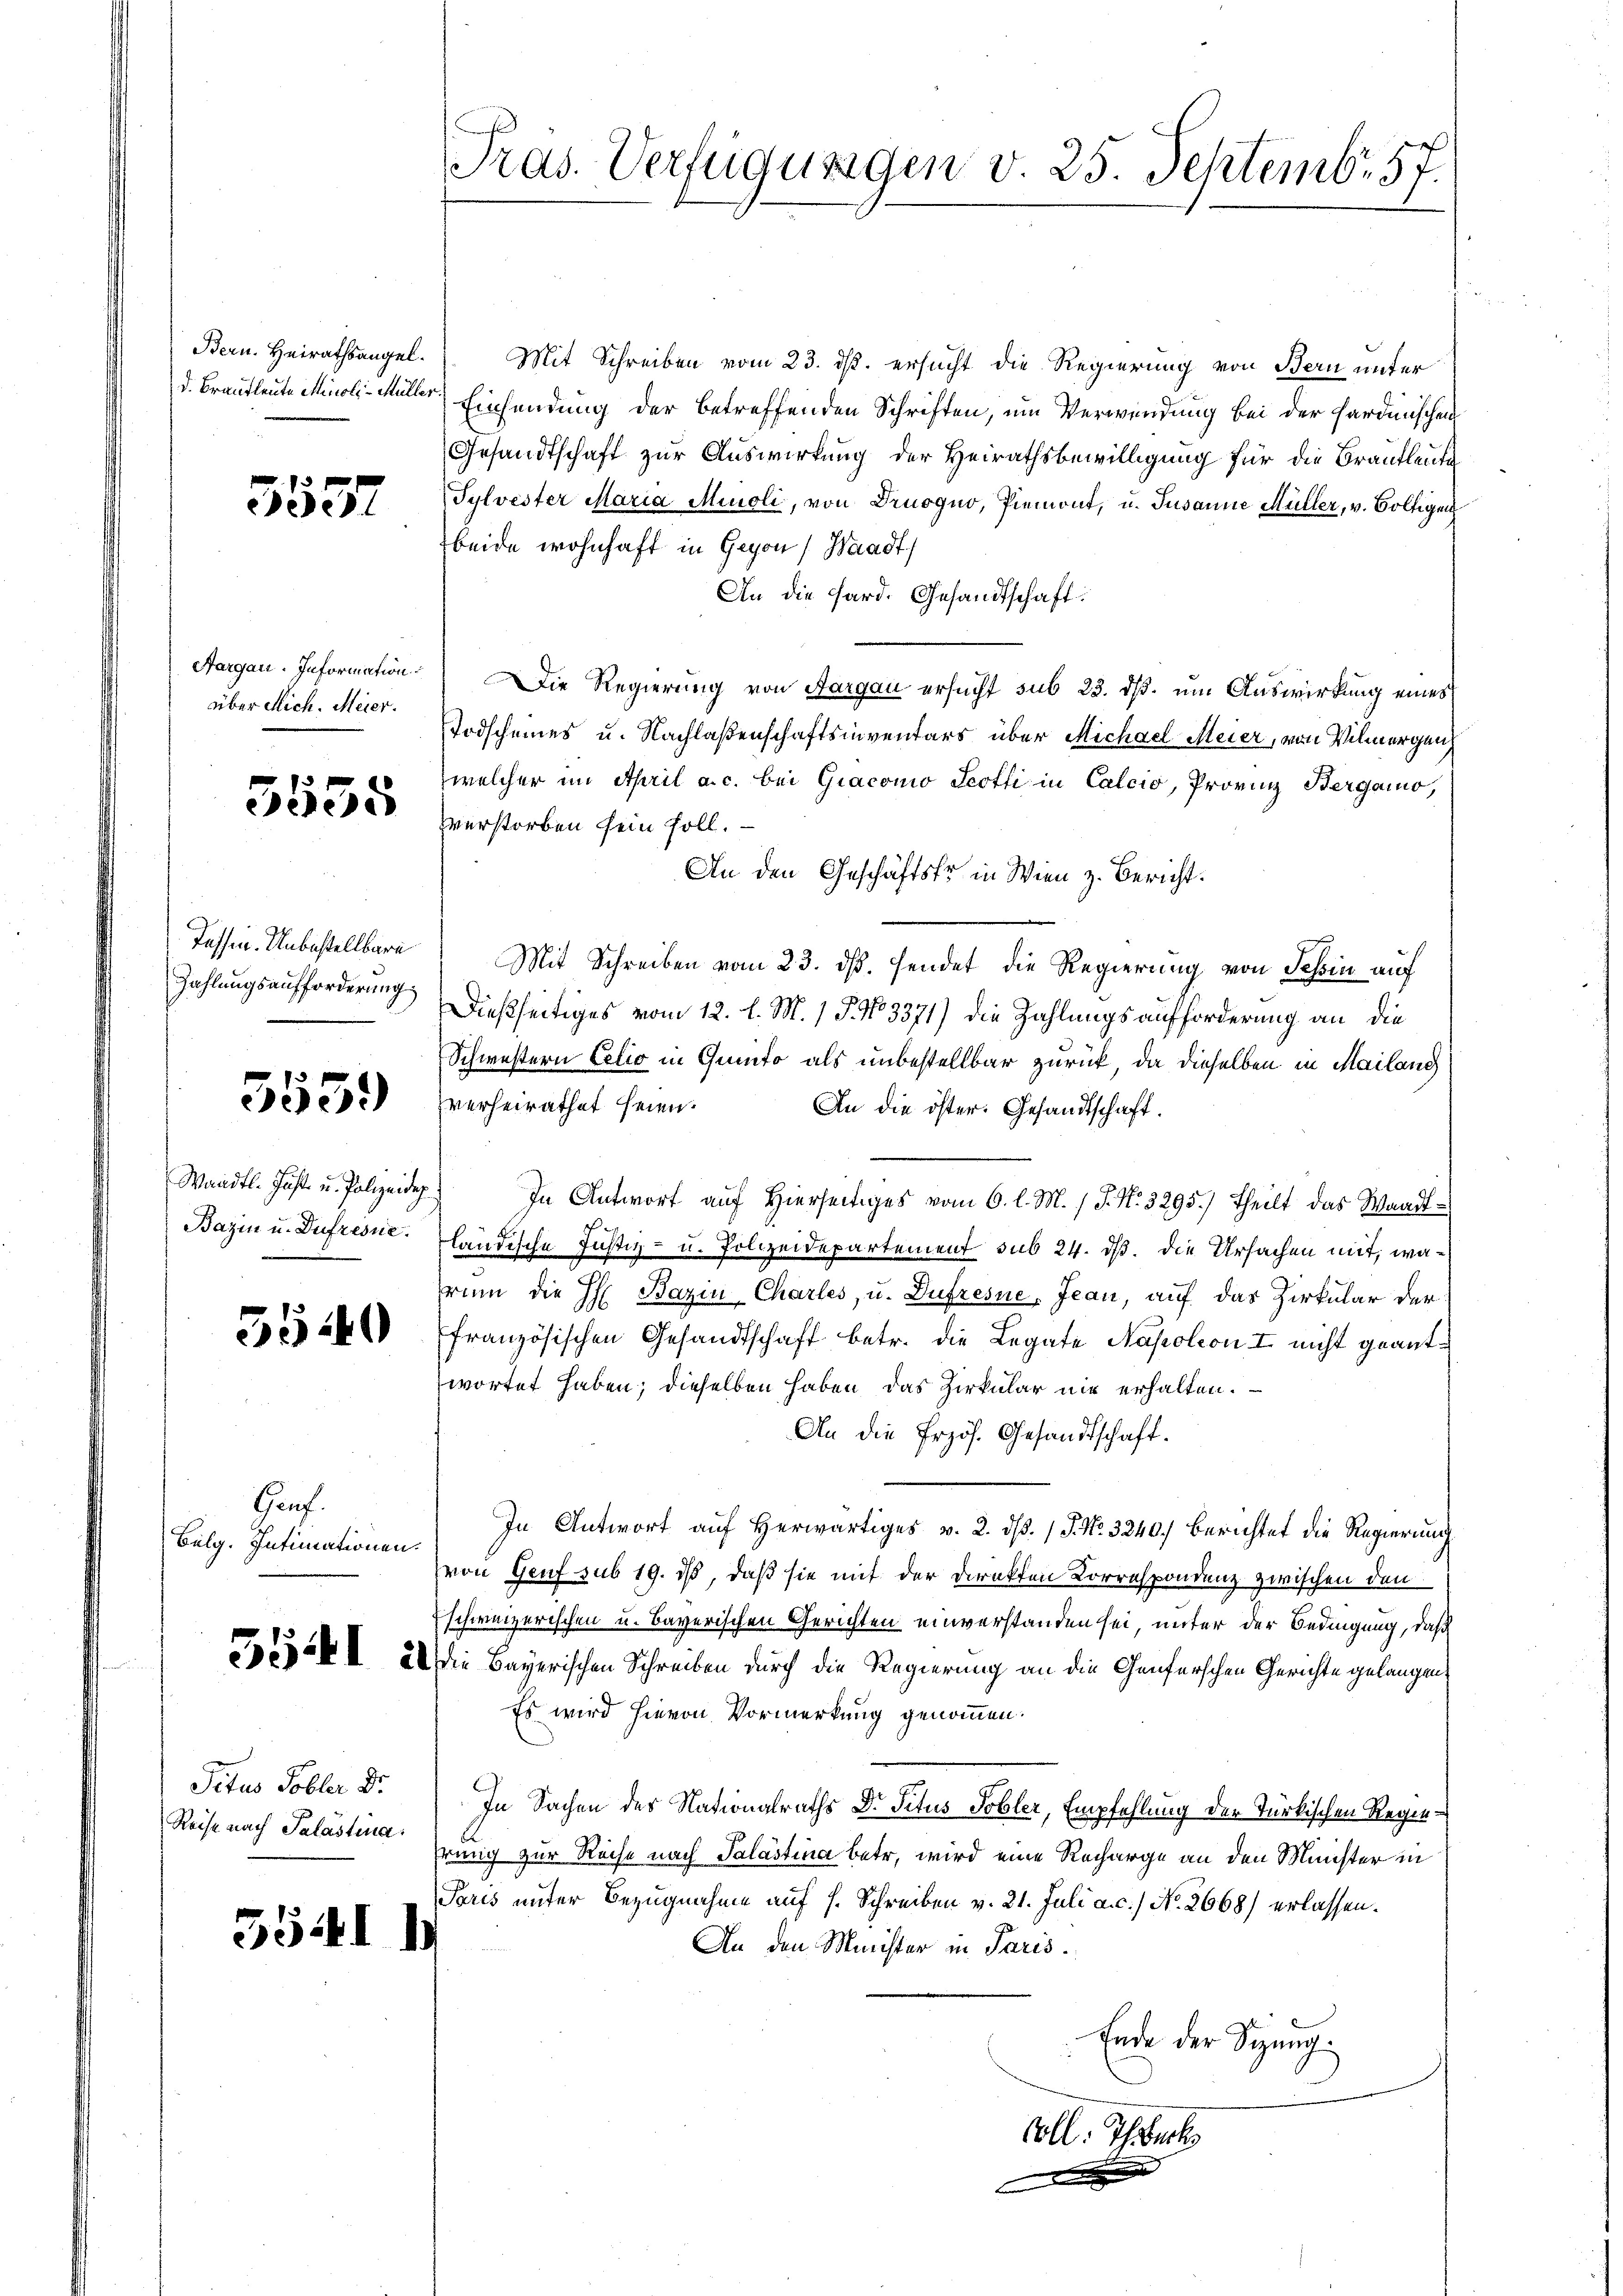
5537

über Mich. Meier.

3535

Tessin. Unbestellbare
Zahlungsaufforderung

3551)

Bazin u. Dufresne.

3540

Gauf.
Bulg. Intimationen.

Titus Tobler Dr.
Reise nach Palastina

5541

Pras. Verfügungen v. 25. Septembr. 57.

Bern. Heirathsangel. Mit Schreiben vom 23. ds. ersucht die Regierung von Bern unter
d. Brautleute Minol-Müller Einsendung der betreffenden Schriften, um Verwendung bei der Sardinischen
Gesandtschaft zur Auswirkung der Heirathsbewilligung für die Brautleute
Sylvester Maria Minoli, von Drusguo, Piemont, u. Jusanne Müller, v. Boltigenbeide wohnhaft in Gegen, Waadt,
An die Hard. Gesandtschaft.
Aargau. Information Die Regierung von Aargau ersucht sub 23. dß. um Auswirkung eines
Todscheines u. Nachlaßenschaftsinventars über Michael Meier, von Vilmergen,
welcher im April a. c. bei Giacomo Scotti in Calcio, Provinz Bergano,
zverstorben sein soll.
An den Geschäftsfr in Wien z. Bericht.
Mit Schreiben vom 23. ds. sendet die Regierung von Schin auf
Dießseitiges vom 12. l. M. 1 P. No 3371) die Zahlungsaufforderung an die
Schwestern Eetio in Gunto als unbestellbar zurück, da dieselben in Mailang
verheirathet seien.
An die öster: Gesandtschaft.
Wandtl. Just u. Polizeidep) In Antwort auf Hierseitiges vom 6. l. M. 1. J. N. 3295.) Theilt das Waadt¬
Bre
ländische Justiz- u. Polizeidepartement sub 24. ds. die Ursachen mit, warun die H: Bazin-Chartes, u. Dufresne, Jean, auf das Zirkular der
französischen Gesandtschaft betr. die Legate Napoleon I nicht geantwortet haben; dieselben haben, das Zirkular mir erhalten.
An die frzös. Gesandtschaft.
In Antwort auf herwärtiges v. 2. ds. 1 S. Nr. 3240. Berichtet die Regierung
von Genf sub 19. ds, daß sie mit der Direkten Korrespondenz zwischen den
Eschweizerischen u. bayerischen Gerichten einverstanden sei, unter der Bedingung, daß
2x I 22 die Bayerischen Schreiben durch die Regierung an die Genferschen Gerichte gelangen
Es wird hievon Vormerkung genommen.
In Sachen des Nationalraths Dr. Titus Tobler, Empfehlung der Türkischen Regie¬
Prung zur Reise nach Palästina betr. wird eine Recharge an den Minister in
Paris unter Bezugnahme auf s. Schreiben v. 21. Juli a.c. No. 2668) erlassen.
)
An den Minister in Paris.
Ende der Sitzung.
Coll. Ihrbeck
e